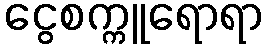
ငွေစက္ကူရောရာ